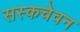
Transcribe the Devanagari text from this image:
सस्कचेवन